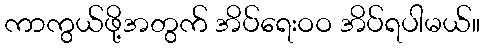
ကာကွယ်ဖို့အတွက် အိပ်ရေးဝဝ အိပ်ရပါမယ်။